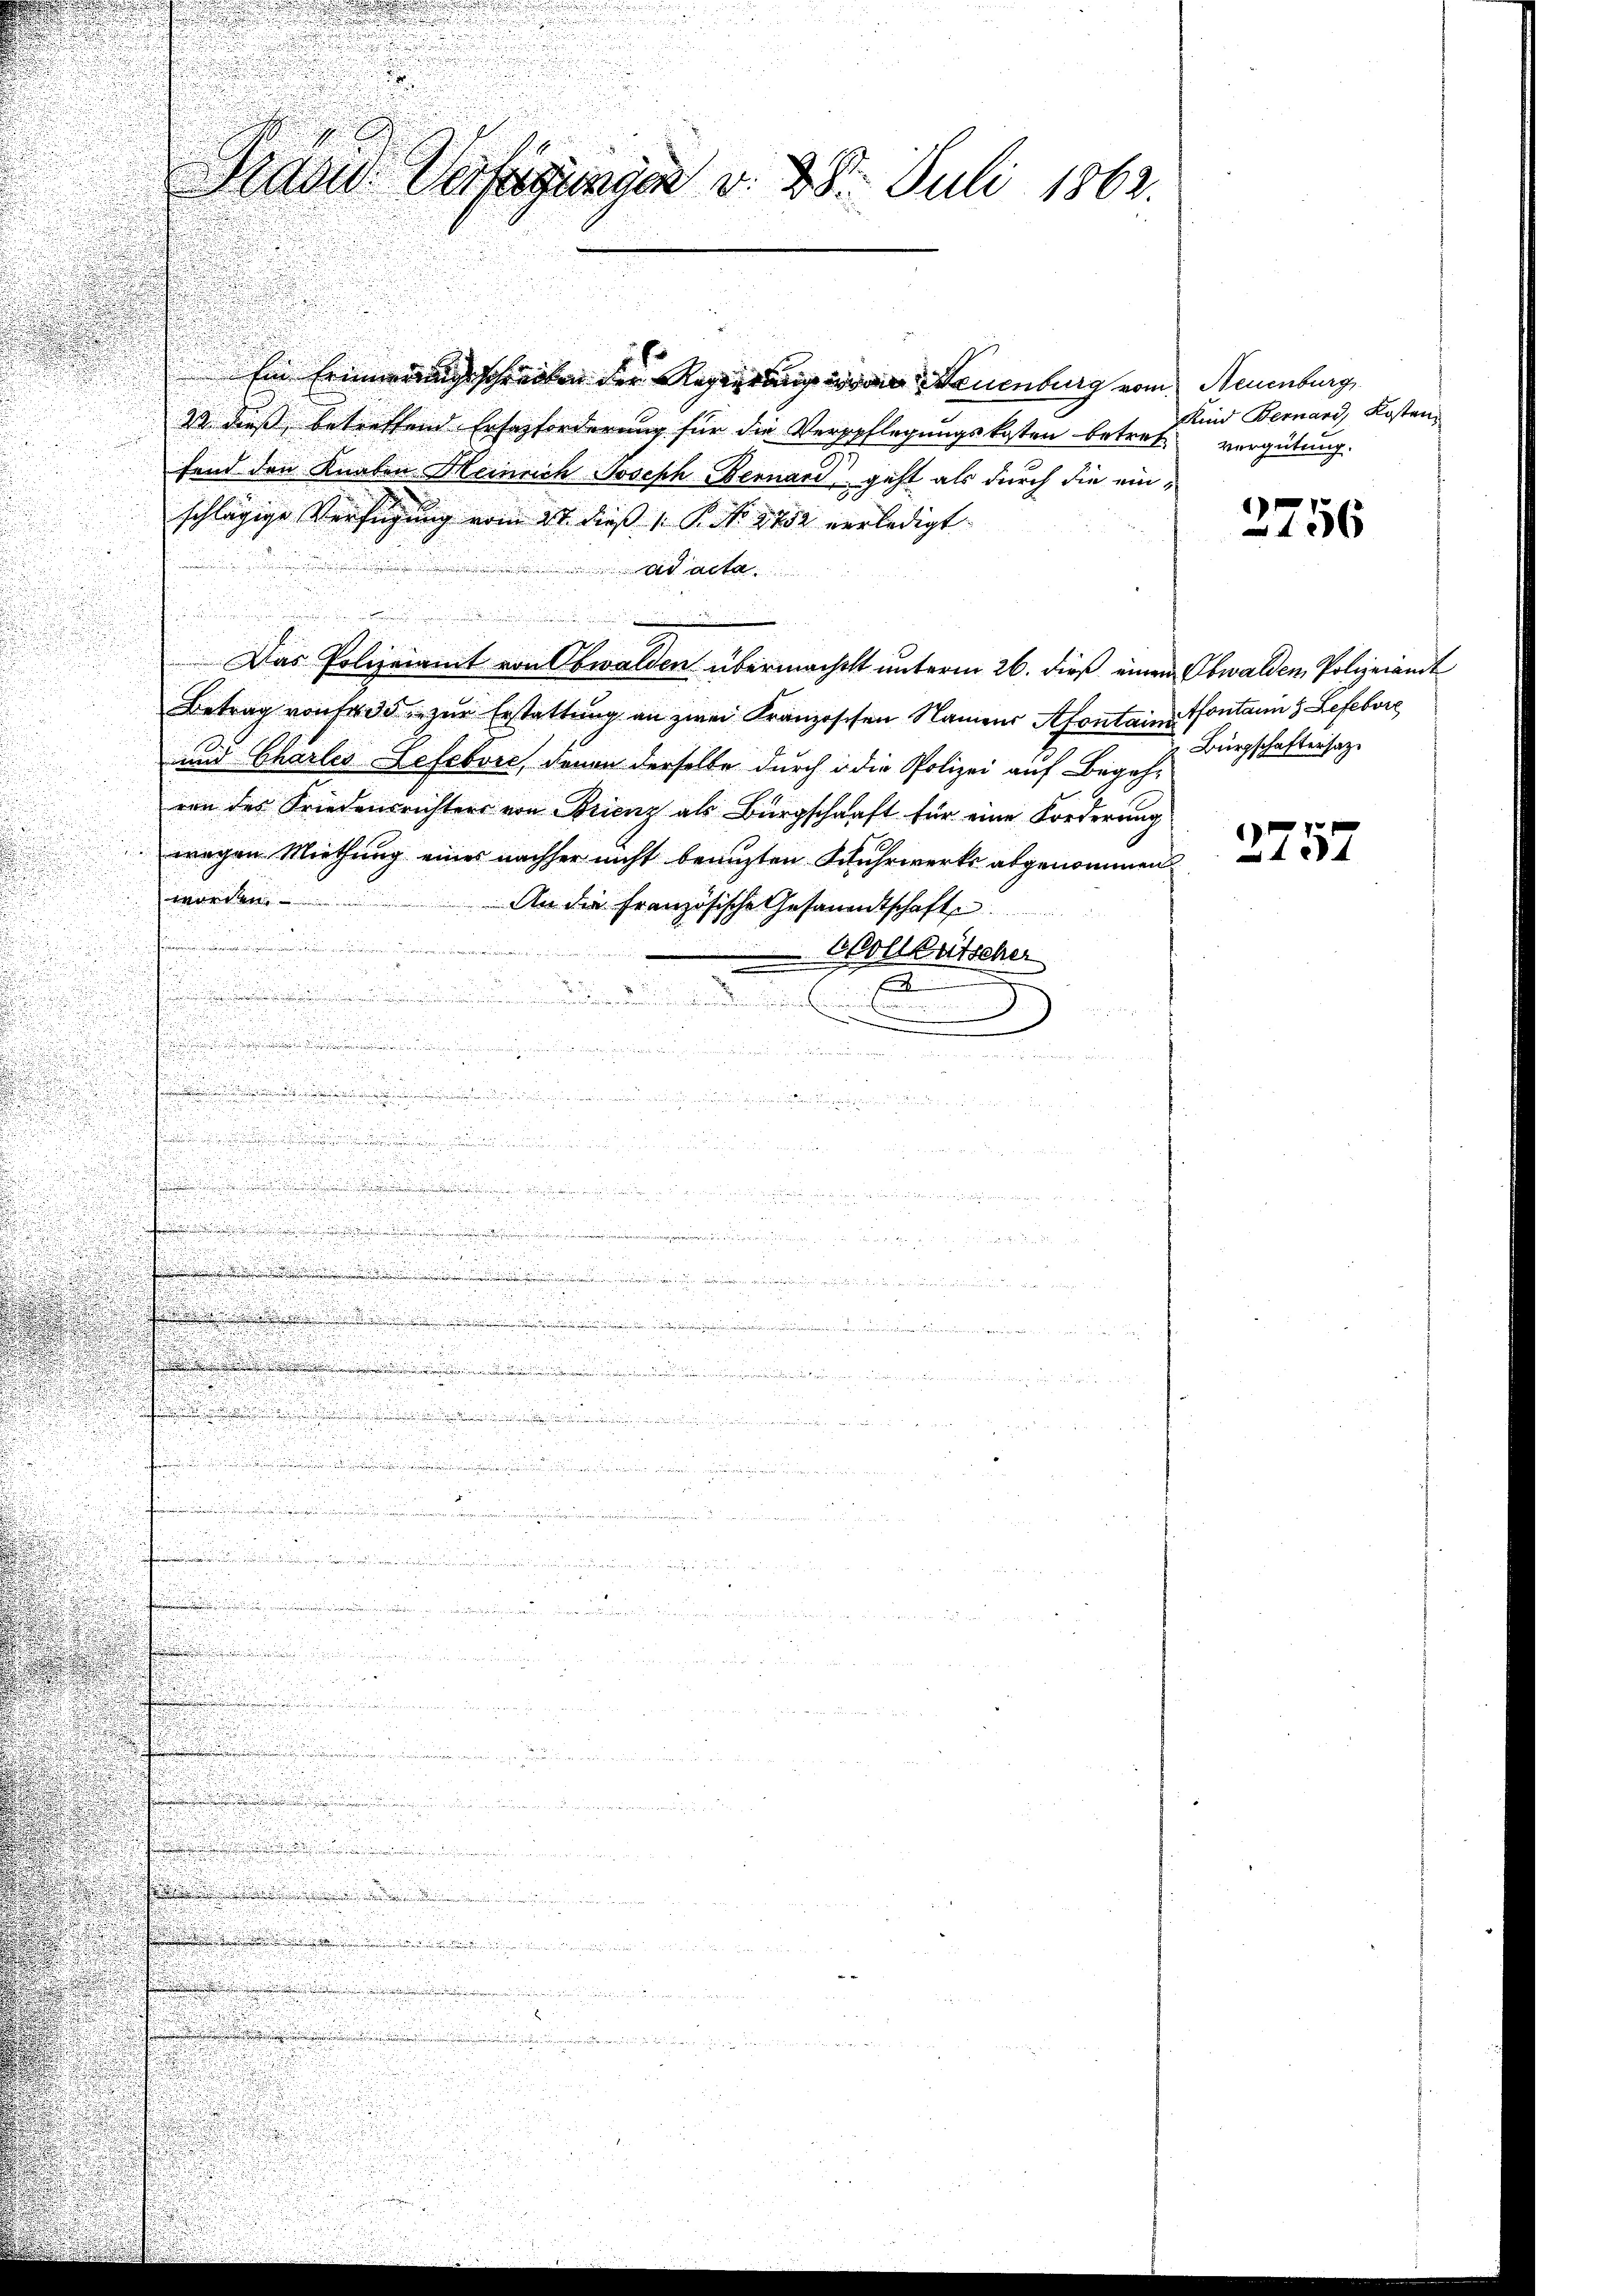
Ein Erinnerungsschreiben der Regierung in Neuenburg vom Neuenburg,
I dieß, betreffend Erfazforderung für die Verpflegungskosten betref
fend den Knaben Heinrich Joseph Bernard, geht als durch die einschlägige Verfügung vom 21. dieß P. Nr. 1852 verledigt
ad acta
Das Polizeiamt von Obwalden übermachtet unterm 26. dieß einen Obwalden Polizeiamt
Betrag von 135 zur Erstattung an zwei Franzischen Namens Afontaine Fontann  Lefevre
und Charles Lefevre, davon derselbe durch in die Polizei auf Begeh-
ven des Friedensrichtens von Brienz als Bürgschaft für eine Forderung
wegen Miethung eines nachher nicht benuzten Schuhrwerks abgenommen
würden.
An die Französische Gesandtschafte
.
Woll Bütscher

D

.
 gegen der

n
.

70
u

e

u
.

en

.
.

n

d
.
d
.....
25

 12 x
  , in ein

.

n e f g

Das Verfügungen d. 28. Juli 1862.

Kind Bernard, Kosten
vergütung.

2756

Bürgschaftersatz.

2757